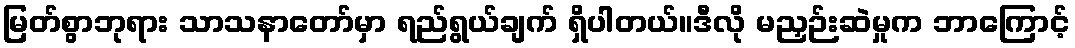
မြတ်စွာဘုရား သာသနာတော်မှာ ရည်ရွယ်ချက် ရှိပါတယ်။ဒီလို မညှဉ်းဆဲမှုက ဘာကြောင့်